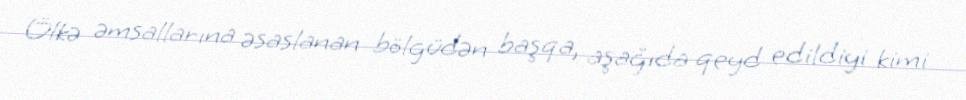
Ölkə əmsallarına əsaslanan bölgüdən başqa, aşağıda qeyd edildiyi kimi